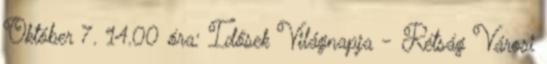
Október 7. 14.00 óra: Idősek Világnapja - Rétság Városi